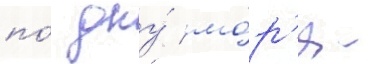
по́ дну́ мо́р'я -